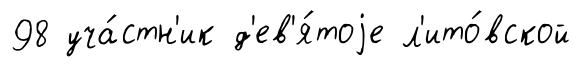
98 уча́стн'ик д'ев'я́тоjе л'ито́вской